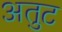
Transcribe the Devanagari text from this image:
अतुट